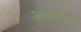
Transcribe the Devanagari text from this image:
अवार्डस्